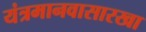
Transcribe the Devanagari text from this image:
यंत्रमानवासारखा